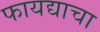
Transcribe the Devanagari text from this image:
फायद्याचा